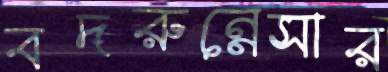
বদরুন্নেসার